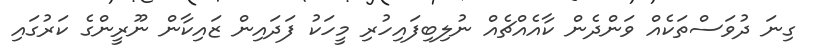
ގިނަ ދުވަސްތަކެއް ވަންދެން ކާއެއްޗެއް ނުލިބިފައިހުރި މީހަކު ފަދައިން ޒައިކާން ނޫރީންގެ ކަރުގައި